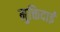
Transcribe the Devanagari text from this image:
मुक्तिदाई